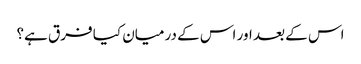
اس کے بعد اور اس کے درمیان کیا فرق ہے؟